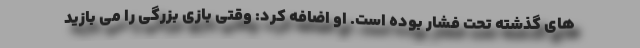
های گذشته تحت فشار بوده است. او اضافه کرد: وقتی بازی بزرگی را می بازید